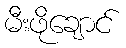
မီးဖိုချောင်